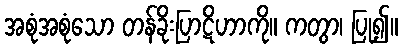
အစုံအစုံသော တန်ခိုးပြာဋိဟာကို။ ကတွာ၊ ပြု၍။